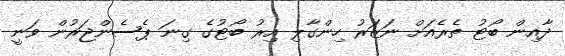
ދާއިން ބޯޓު ތެރެއަށް ނަޒަރު ހިންގާލި އިރު ބޯޓުގެ ގިނަ ޕެސެންޖަރުން ވަނީ